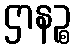
ဌာနဉ္စ